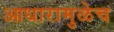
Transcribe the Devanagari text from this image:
आधारामुळेच